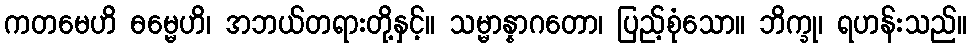
ကတမေဟိ ဓမ္မေဟိ၊ အဘယ်တရားတို့နှင့်။ သမ္မာန္နာဂတော၊ ပြည့်စုံသော။ ဘိက္ခု၊ ရဟန်းသည်။